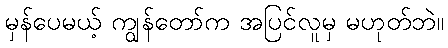
မှန်ပေမယ့် ကျွန်တော်က အပြင်လူမှ မဟုတ်ဘဲ။